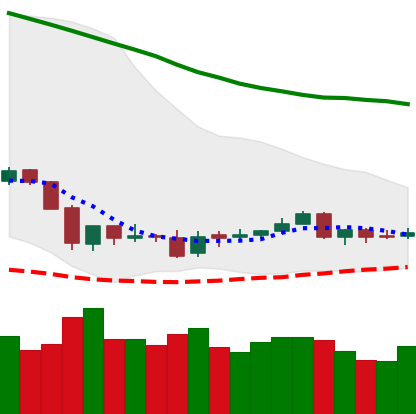
Ticker: ETC-USD
Chart end date: 2018-06-08
Forward return: -9.915%
Label: down_7plus